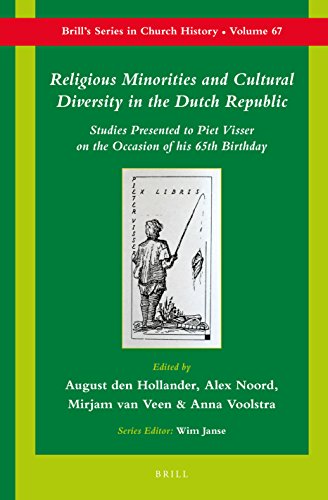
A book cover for Religious Minorities and Cultural Diversity in the Dutch Republic: Stories Presented to Piet Visser on the Occasion of His 65th Birthday (Brill's Series in Church History); Christian Books & Bibles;